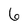
Character: 6